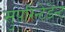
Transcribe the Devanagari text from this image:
सुपरिन्टेडेन्ट